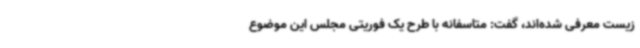
زیست معرفی شده‌اند، گفت: متاسفانه با طرح یک فوریتی مجلس این موضوع